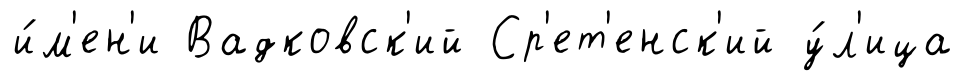
и́м'ен'и Вадковск'ий Ср'ет'енск'ий у́л'ица